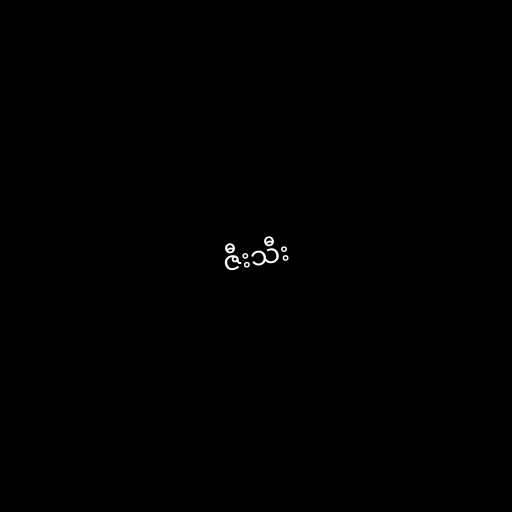
ဇီးသီး